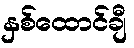
နှစ်ထောင်ချီ